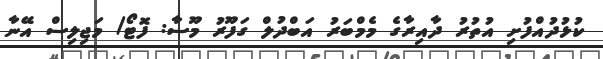
ކުޅުދުއްފުށި އުތުރު ދާއިރާގެ މެމްބަރު އަބްދުލް ގަފޫރު މޫސާ: ފޮޓޯ/ މަޖިލިސް އޭނާ